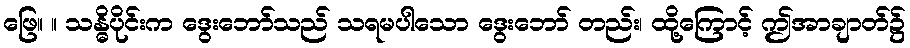
ဖြေ။ ။ သန္ဓိပိုင်းက ဒွေးဘော်သည် သရမပါသော ဒွေးဘော် တည်း၊ ထို့ကြောင့် ဤအာချာတ်၌